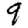
Digit: 9